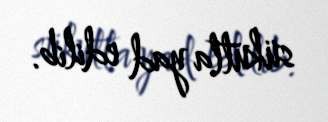
sükutla yad edilib.